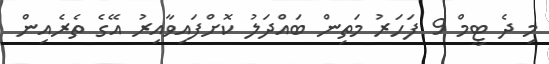
މި ދެ ޓީމް 9 ފަހަރު މަތިން ބައްދަލު ކޮށްފައިވާއިރު އޭގެ ތެރެއިން